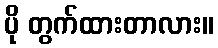
ပို တွက်ထားတာလား။